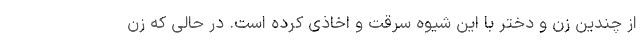
از چندین زن و دختر با این شیوه سرقت و اخاذی کرده است. در حالی که زن